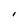
Character: I